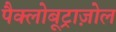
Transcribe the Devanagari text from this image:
पैक्लोबूट्राज़ोल